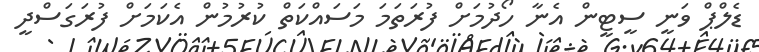
ޑެލްޕް ވަނީ ސީޓީން އެނާ ހޯދުމަށް ފުރަތަމަ މަސައްކަތް ކުރުމުން އެކަމަށް ފުރަގަސްދީ